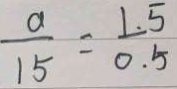
\frac { a } { 1 5 } = \frac { 1 . 5 } { 0 . 5 }